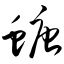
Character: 螗